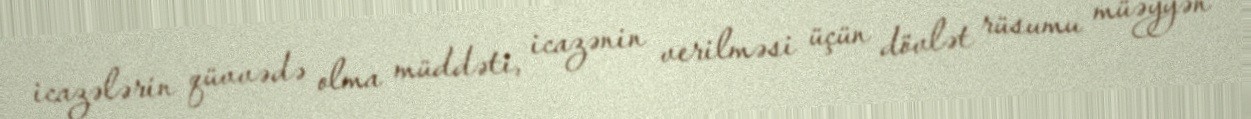
icazələrin qüvvədə olma müddəti, icazənin verilməsi üçün dövlət rüsumu müəyyən